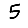
Digit: 5